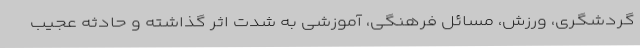
گردشگری،‌ ورزش، مسائل فرهنگی،‌ آموزشی به شدت اثر گذاشته و حادثه عجیب